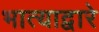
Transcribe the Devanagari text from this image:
भात्याद्वारे